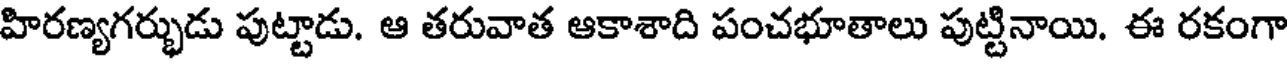
హిరణ్యగర్భుడు పుట్టాడు. ఆ తరువాత ఆకాశాది పంచభూతాలు పుట్టినాయి. ఈ రకంగా